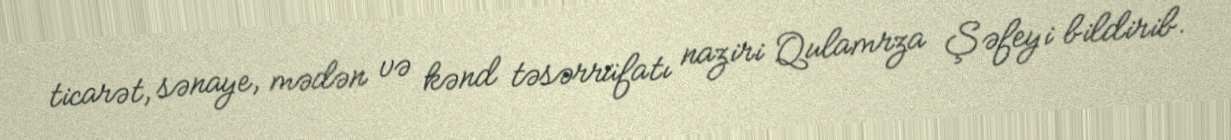
ticarət, sənaye, mədən və kənd təsərrüfatı naziri Qulamrza Şəfeyi bildirib.